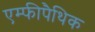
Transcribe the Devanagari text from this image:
एम्फीपैथिक